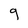
Character: g